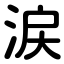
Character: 涙